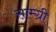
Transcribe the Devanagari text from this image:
साम्ग्री